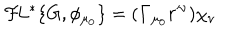
LaTeX: { \cal F } \! L ^ { * } \{ G , \phi _ { \mu _ { 0 } } \} = ( { \bf \Gamma } _ { \mu _ { 0 } } r ^ { \nu } ) \chi _ { \nu }